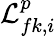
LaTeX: \mathcal{L}_{fk,i}^{p}